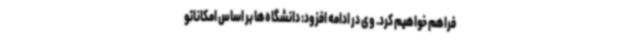
فراهم خواهیم کرد. وی در ادامه افزود: دانشگاه‌ها بر اساس امکاناتو